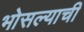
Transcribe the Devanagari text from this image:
भोसल्याची